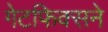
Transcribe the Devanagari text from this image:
गेटफिक्सने